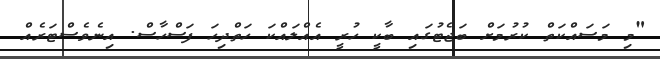
"މި މަސައްކަތް ކުރުމަށް ބަޖެޓުގައި ބާކީ ހުރީ އެއްލައްކަ ހަތްދިހަ ފަސްހާސް. އިނެވެސްޓަރެއް